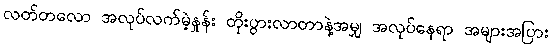
လတ်တလော အလုပ်လက်မဲ့နှုန်း တိုးပွားလာတာနဲ့အမျှ အလုပ်နေရာ အများအပြား